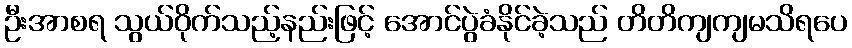
ဦးအာစရ သွယ်ဝိုက်သည့်နည်းဖြင့် အောင်ပွဲခံနိုင်ခဲ့သည် တိတိကျကျမသိရပေ